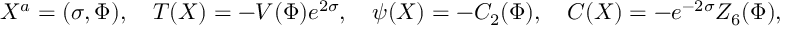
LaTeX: X ^ { a } = ( \sigma , \Phi ) , \ \ \ T ( X ) = - V ( \Phi ) e ^ { 2 \sigma } , \ \ \ \psi ( X ) = - C _ { 2 } ( \Phi ) , \ \ \ C ( X ) = - e ^ { - 2 \sigma } Z _ { 6 } ( \Phi ) ,